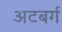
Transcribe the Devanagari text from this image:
अटबर्ग